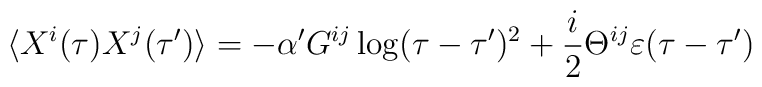
\langle X^i(\tau) X^j(\tau ') \rangle =- \alpha ' G^{ij} \log (\tau - \tau ' )^2 + {i\over 2}\Theta^{ij} \varepsilon (\tau - \tau ')